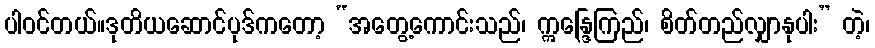
ပါဝင်တယ်။ဒုတိယဆောင်ပုဒ်ကတော့ “အတွေ့ကောင်းသည်၊ ဣန္ဒြေကြည်၊ စိတ်တည်လျှာနုပါး” တဲ့၊